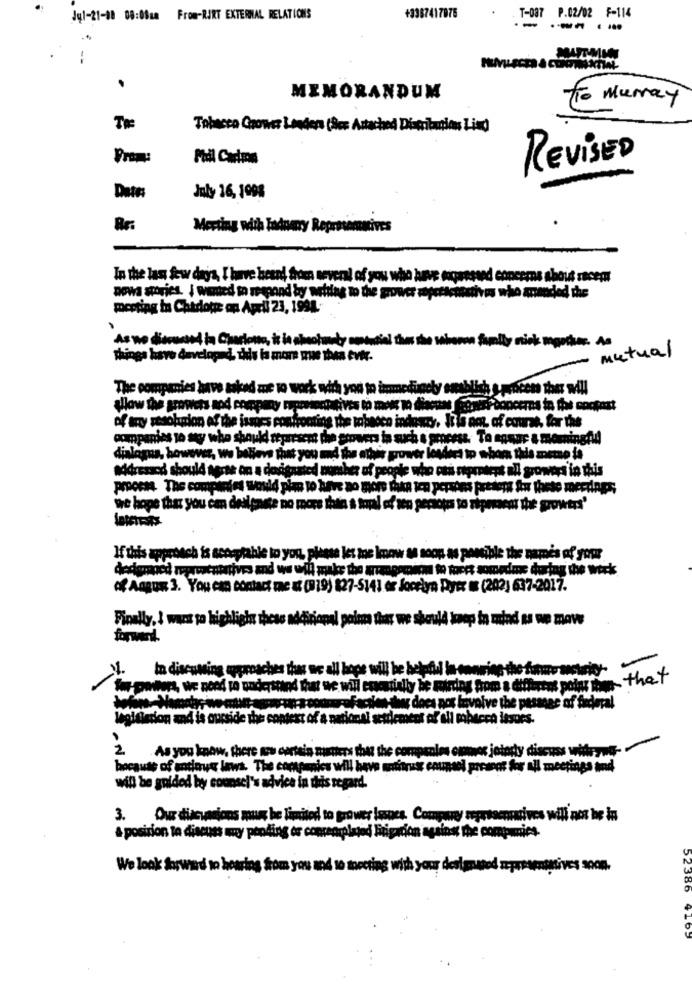
Jul-21-00 08:00am From-RIKT EXTERNAL RELATIONS
+3387417875
- T-087 P.02/02 F-114
----
.
MEMORANDUM
To Murray
TR:
Tobacco Crower Lander (See Attached Disccitations Ling
Prom:
REVISED
Date:
July 16, 1998
Be
Merting with Todoany Reprosemmives
In the last few days, I have beend from several of you who have moqressed concerns about racem
nowa stories. I wanted to respond by writing to the grower operaciactivos who ananded the
meeting in Chadone on April 23, 1998
As wo dievand to Charlotte, it is alsotmely spendial thes the saboren family mick megpihen. As
mutual
The companies have asked me to work with you to immedunoly onsblich s.process ther well
of any resolution of the issues confronti
Astronting The tobacco indawcy. It is not, of course, for the
companies to aty who should represent the stowers in such a process. To ansur a morningAll
dialagas, however, we believe that you md the ather grower levieet to whom this memo ia
addressed should tarte on a dodigasted number of people who cas represent all growers in this
we hope that you can dellpaste no more thia s toual of' wen gersotos to siprosent the growtrs'
If this approach is acceptable to you, please let me Imow as soon as possible the names of your
dedamacd representatives and we will make the arrageción to force sometime during the work
of Aagus 3. You can contact me at (8(9) 827-5141 er Jocelyn Pyrr = (202) 637-2017.
Finally, I want to highlight thess add
forward.
.In discuwing approaches that we all hope will be helpful in-oo
power, we need to understand that we will especially he Randay pomi a different potas h- that
waliw does not involve the pasmar of federal
Mission and is ourside the context of a na
Sanal settlement af ali mhacen issors.
2
As you know, there no carteia nutters that the companies omane jotady discuss witrynf-
because of incluye laws. The companies will beve coninus counsel possoos for all meetings and
will be guided by counsel's advice in this regard.
3. Our discussions mus be limited to grower Issues. Compare seprtacomaives will not be in
a position to discuss y pending or concenminted Firigadon against the companies.
We look forward to hearing from you and to meeting with your designated representatives soon.